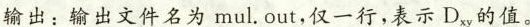
输出：输出文件名为mul.out，仅一行，表示D_{xy}的值。